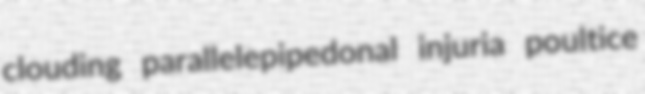
clouding parallelepipedonal injuria poultice